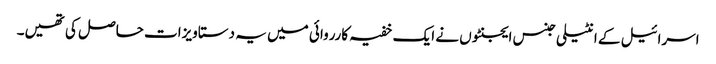
اسرائیل کے انٹیلی جنس ایجنٹوں نے ایک خفیہ کارروائی میں یہ دستاویزات حاصل کی تھیں۔